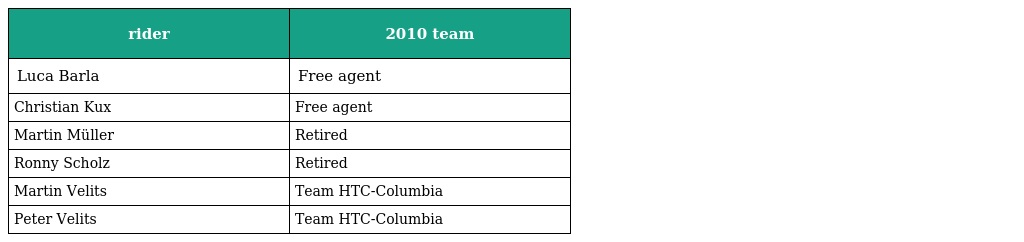
| rider | 2010 team |
 | --- | --- |
 | Luca Barla | Free agent |
 | Christian Kux | Free agent |
 | Martin Müller | Retired |
 | Ronny Scholz | Retired |
 | Martin Velits | Team HTC-Columbia |
 | Peter Velits | Team HTC-Columbia |